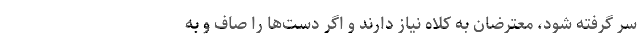
سر گرفته شود، معترضان به کلاه نیاز دارند و اگر دست‌ها را صاف و به